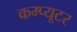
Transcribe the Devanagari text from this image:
कम्प्‍यूटर